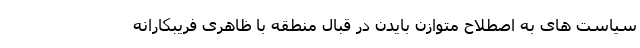
سیاست های به اصطلاح متوازن بایدن در قبال منطقه با ظاهری فریبکارانه